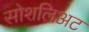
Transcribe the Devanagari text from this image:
सोशलिअट